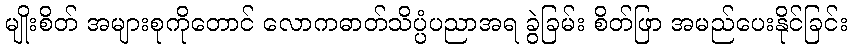
မျိုးစိတ် အများစုကိုတောင် လောကဓာတ်သိပ္ပံပညာအရ ခွဲခြမ်း စိတ်ဖြာ အမည်ပေးနိုင်ခြင်း